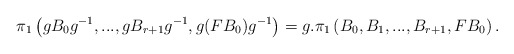
\begin{align*} \pi_1\left(gB_0g^{-1},...,gB_{r+1}g^{-1}, g(FB_0)g^{-1}\right)=g.\pi_1\left(B_0,B_1,...,B_{r+1}, FB_0\right).\end{align*}